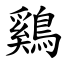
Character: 鷄